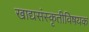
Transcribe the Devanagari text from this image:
खाद्यसंस्कृतीविषयक